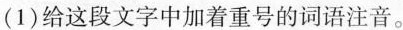
(1)给这段文字中加着重号的词语注音。